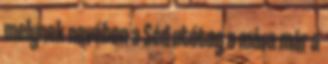
melynek nevében a Séd utótag a mára már a